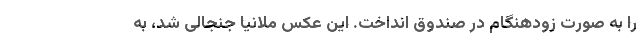
را به صورت زودهنگام در صندوق انداخت. این عکس ملانیا جنجالی شد، به